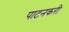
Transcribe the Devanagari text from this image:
पाटनकरी